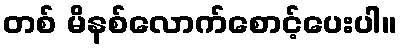
တစ် မိနစ်လောက်စောင့်ပေးပါ။